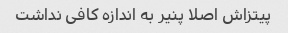
پیتزاش اصلا پنیر به اندازه کافی نداشت